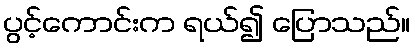
ပွင့်ကောင်းက ရယ်၍ ပြောသည်။